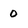
Character: 0